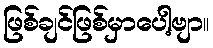
ဖြစ်ချင်ဖြစ်မှာပေါ့ဗျာ။